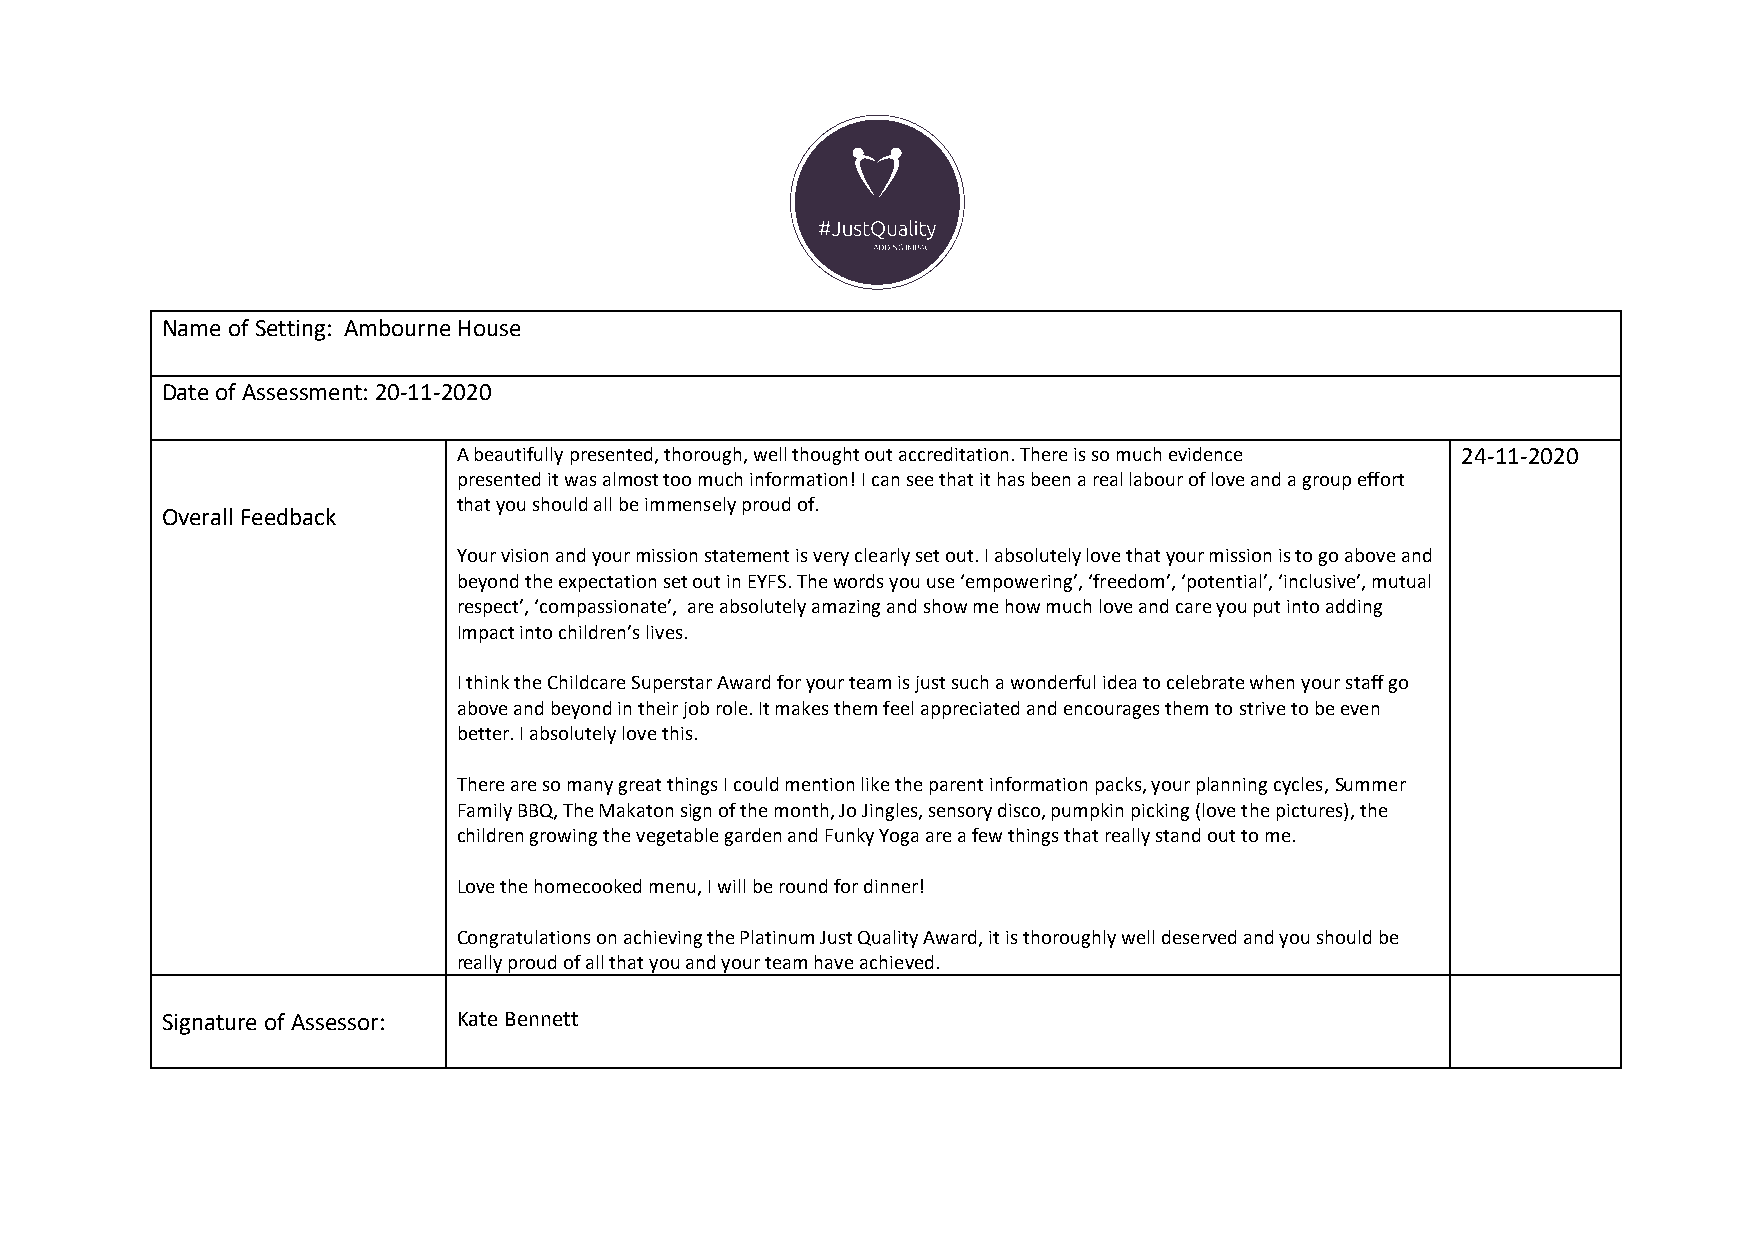
Name of Setting: Ambourne House
 Date of Assessment: 20-11-2020
 A beautifully presented, thorough, well thought out accreditation. There is so much evidence 24-11-2020
 presented it was almost too much information! I can see that it has been a real labour of love and a group effort
 that you should all be immensely proud of.
 Overall Feedback
 Your vision and your mission statement is very clearly set out. I absolutely love that your mission is to go above and
 beyond the expectation set out in EYFS. The words you use ‘empowering’, ‘freedom’, ‘potential’, ‘inclusive’, mutual
 respect’, ‘compassionate’, are absolutely amazing and show me how much love and care you put into adding
 Impact into children’s lives.
 I think the Childcare Superstar Award for your team is just such a wonderful idea to celebrate when your staff go
 above and beyond in their job role. It makes them feel appreciated and encourages them to strive to be even
 better. I absolutely love this.
 There are so many great things I could mention like the parent information packs, your planning cycles, Summer
 Family BBQ, The Makaton sign of the month, Jo Jingles, sensory disco, pumpkin picking (love the pictures), the
 children growing the vegetable garden and Funky Yoga are a few things that really stand out to me.
 Love the homecooked menu, I will be round for dinner!
 Congratulations on achieving the Platinum Just Quality Award, it is thoroughly well deserved and you should be
 really proud of all that you and your team have achieved.
 Signature of Assessor: Kate Bennett